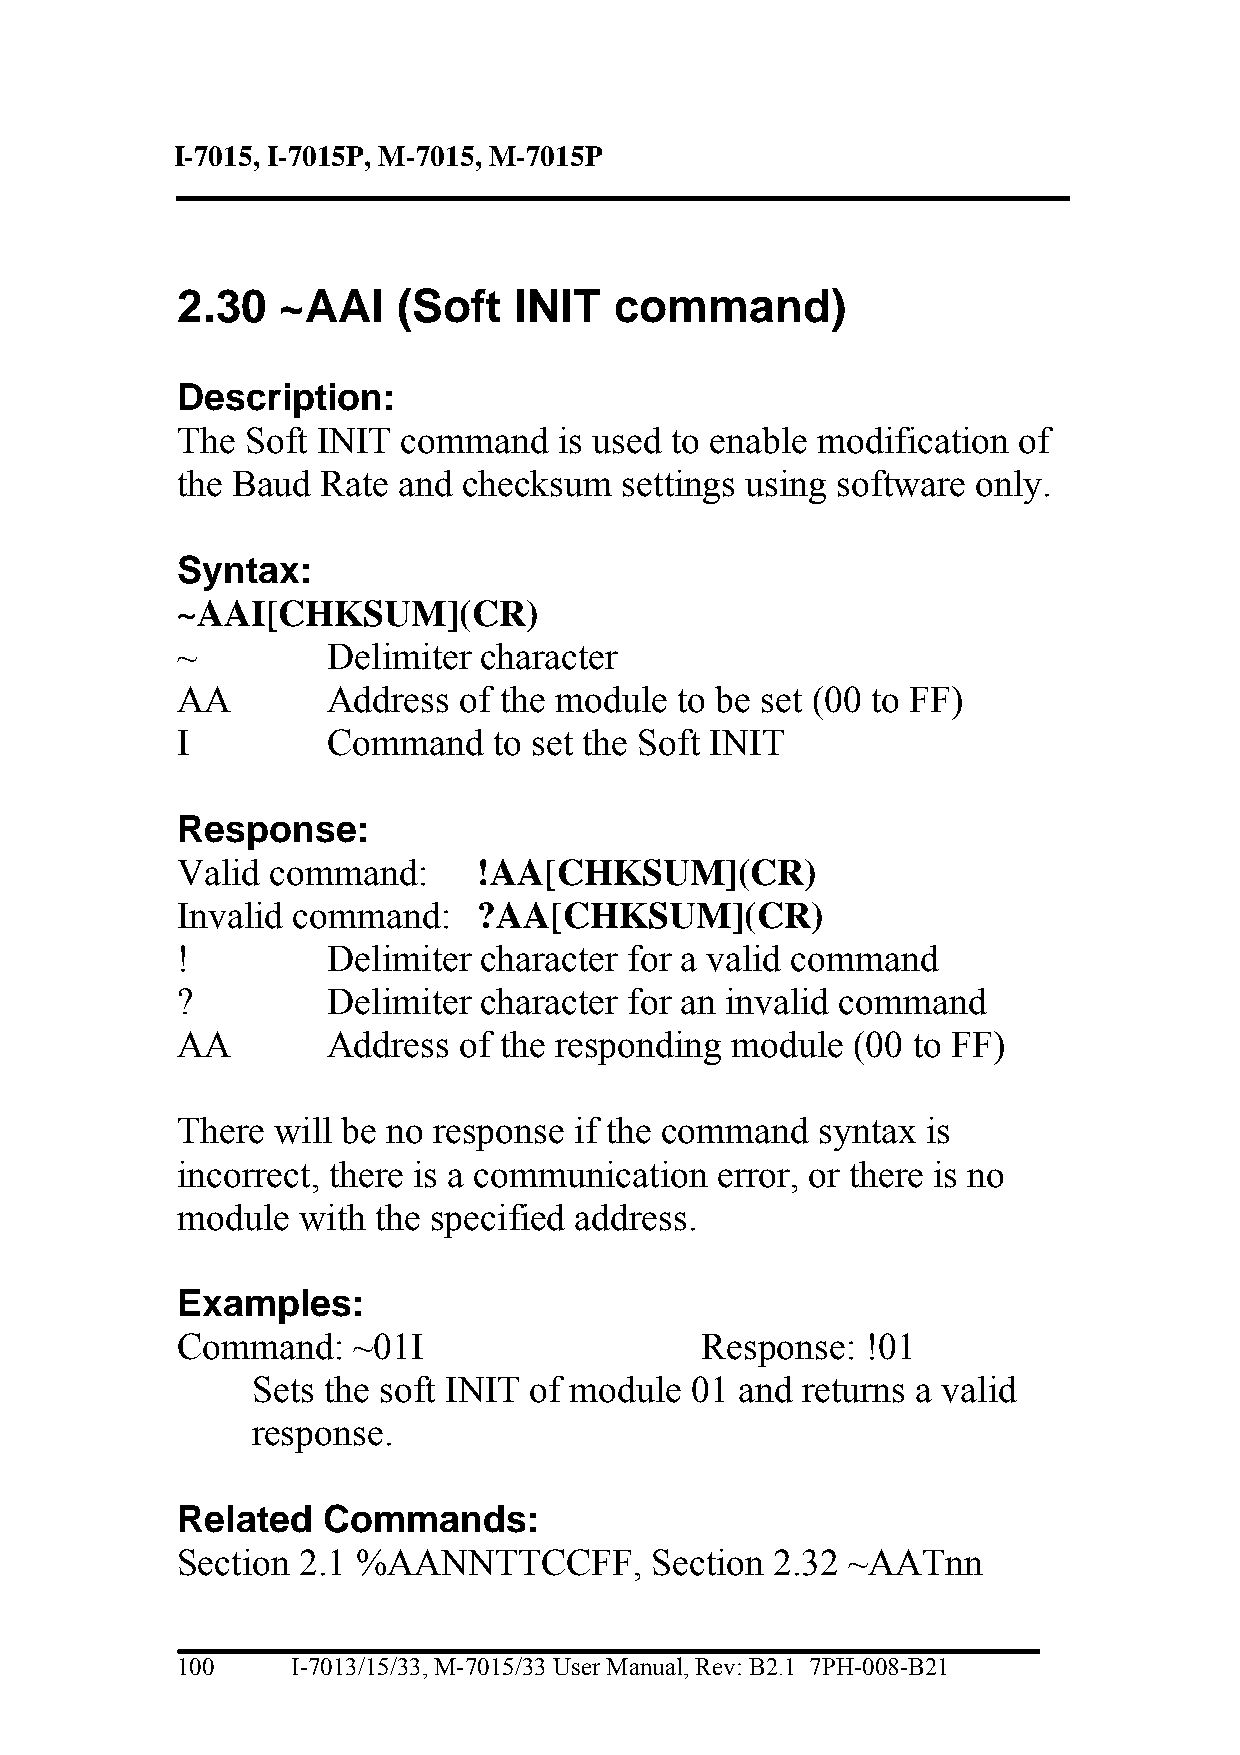
I-7015, I-7015P, M-7015, M-7015P
 2.30  ~AAI    (Soft   INIT   command)
 Description:
 The Soft INIT  command   is used to enable modification of
 the Baud Rate and  checksum  settings using software only.
 Syntax:
 ~AAI[CHKSUM](CR)
 ~         Delimiter character
 AA        Address of the module  to be set (00 to FF)
 I         Command    to set the Soft INIT
 Response:
 Valid command:      !AA[CHKSUM](CR)
 Invalid command:    ?AA[CHKSUM](CR)
 !         Delimiter character for a valid command
 ?         Delimiter character for an invalid command
 AA        Address of the responding module  (00 to FF)
 There will be no response if the command  syntax is
 incorrect, there is a communication error, or there is no
 module  with the specified address.
 Examples:
 Command:   ~01I                   Response:  !01
 Sets the soft INIT of module 01 and returns a valid
 response.
 Related  Commands:
 Section 2.1 %AANNTTCCFF,       Section 2.32 ~AATnn
 100    I-7013/15/33, M-7015/33 User Manual, Rev: B2.1 7PH-008-B21